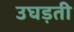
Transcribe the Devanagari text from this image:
उघड़ती